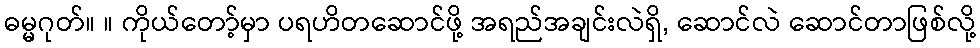
ဓမ္မဂုတ်။ ။ ကိုယ်တော့်မှာ ပရဟိတဆောင်ဖို့ အရည်အချင်းလဲရှိ, ဆောင်လဲ ဆောင်တာဖြစ်လို့